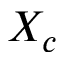
X _ { c }